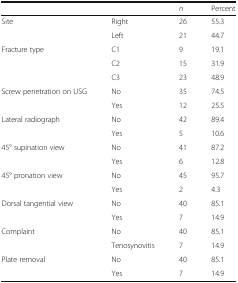
<table><thead><tr><td></td><td></td><td><b><i>n</i></b></td><td><b>Percent</b></td></tr></thead><tbody><tr><td rowspan="2">Site</td><td>Right</td><td>26</td><td>55.3</td></tr><tr><td>Left</td><td>21</td><td>44.7</td></tr><tr><td rowspan="3">Fracture type</td><td>C1</td><td>9</td><td>19.1</td></tr><tr><td>C2</td><td>15</td><td>31.9</td></tr><tr><td>C3</td><td>23</td><td>48.9</td></tr><tr><td rowspan="2">Screw penetration on USG</td><td>No</td><td>35</td><td>74.5</td></tr><tr><td>Yes</td><td>12</td><td>25.5</td></tr><tr><td rowspan="2">Lateral radiograph</td><td>No</td><td>42</td><td>89.4</td></tr><tr><td>Yes</td><td>5</td><td>10.6</td></tr><tr><td rowspan="2">45° supination view</td><td>No</td><td>41</td><td>87.2</td></tr><tr><td>Yes</td><td>6</td><td>12.8</td></tr><tr><td rowspan="2">45° pronation view</td><td>No</td><td>45</td><td>95.7</td></tr><tr><td>Yes</td><td>2</td><td>4.3</td></tr><tr><td rowspan="2">Dorsal tangential view</td><td>No</td><td>40</td><td>85.1</td></tr><tr><td>Yes</td><td>7</td><td>14.9</td></tr><tr><td rowspan="2">Complaint</td><td>No</td><td>40</td><td>85.1</td></tr><tr><td>Tenosynovitis</td><td>7</td><td>14.9</td></tr><tr><td rowspan="2">Plate removal</td><td>No</td><td>40</td><td>85.1</td></tr><tr><td>Yes</td><td>7</td><td>14.9</td></tr></tbody></table>